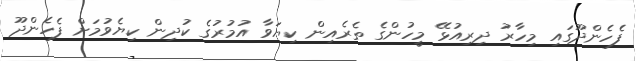
ފެހެންދޫގައި މިހާރު ދިރިއުޅޭ މީހުންގެ ތެރެއިން ކިޔަވާ އުމުރުގެ ކުދިން ކިޔެވުމަށް ފެހެންދޫ